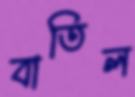
বাতিল